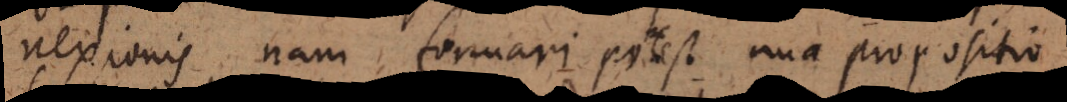
nexionis, nam formari potest una propositio